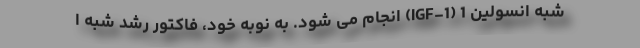
شبه انسولین 1 (IGF-1) انجام می شود. به نوبه خود، فاکتور رشد شبه ا